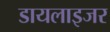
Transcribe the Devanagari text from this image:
डायलाइजर